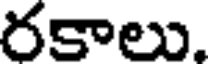
రకాలు.